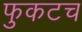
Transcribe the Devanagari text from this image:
फुकटच